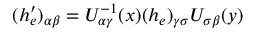
( h _ { e } ^ { \prime } ) _ { \alpha \beta } = U _ { \alpha \gamma } ^ { - 1 } ( x ) ( h _ { e } ) _ { \gamma \sigma } U _ { \sigma \beta } ( y )